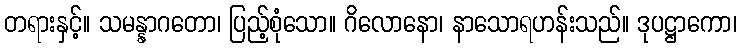
တရားနှင့်။ သမန္နာဂတော၊ ပြည့်စုံသော။ ဂိလောနော၊ နာသောရဟန်းသည်။ ဒုပဋ္ဌာကော၊